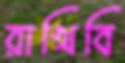
রাখিবি